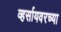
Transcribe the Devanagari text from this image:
व्हर्सायवरच्या